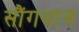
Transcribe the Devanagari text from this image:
सौंगथाव